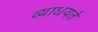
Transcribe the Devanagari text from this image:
व्याधयते